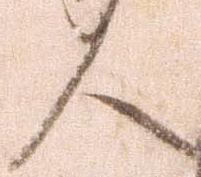
人